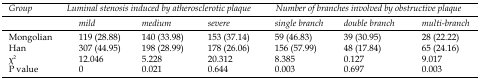
<table><thead><tr><td rowspan="2"><b><i>Group</i></b></td><td colspan="3"><b><i>Luminal stenosis induced by atherosclerotic plaque</i></b></td><td colspan="3"><b><i>Number of branches involved by obstructive plaque</i></b></td></tr><tr><td><b><i>mild</i></b></td><td><b><i>medium</i></b></td><td><b><i>severe</i></b></td><td><b><i>single branch</i></b></td><td><b><i>double branch</i></b></td><td><b><i>multi-branch</i></b></td></tr></thead><tbody><tr><td>Mongolian</td><td>119 (28.88)</td><td>140 (33.98)</td><td>153 (37.14)</td><td>59 (46.83)</td><td>39 (30.95)</td><td>28 (22.22)</td></tr><tr><td>Han</td><td>307 (44.95)</td><td>198 (28.99)</td><td>178 (26.06)</td><td>156 (57.99)</td><td>48 (17.84)</td><td>65 (24.16)</td></tr><tr><td>χ<sup>2</sup></td><td>12.046</td><td>5.228</td><td>20.312</td><td>8.385</td><td>0.127</td><td>9.017</td></tr><tr><td>P value</td><td>0</td><td>0.021</td><td>0.644</td><td>0.003</td><td>0.697</td><td>0.003</td></tr></tbody></table>